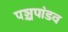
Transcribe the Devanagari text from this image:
पञ्चपांडव